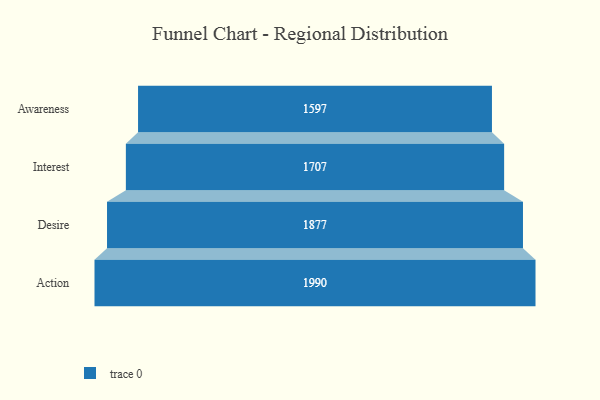
{"axis": {"x": "Stage", "y": "Value"}, "legend": [""], "data": [{"x": "Awareness", "y": 1597.0, "type": ""}, {"x": "Interest", "y": 1707.0, "type": ""}, {"x": "Desire", "y": 1877.0, "type": ""}, {"x": "Action", "y": 1990.0, "type": ""}]}